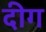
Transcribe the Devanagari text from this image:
दीग